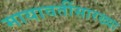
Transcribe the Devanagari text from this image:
मायावतींसारख्या